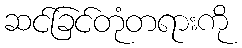
ဆင်ခြင်တုံတရားကို